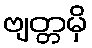
ဗျတ္တမှိ